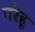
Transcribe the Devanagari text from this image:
परेहू